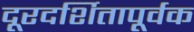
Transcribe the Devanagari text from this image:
दूरदर्शितापूर्वक